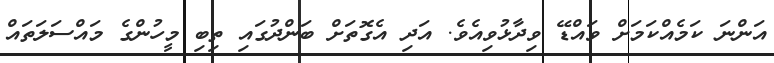
އަންނަ ކަމެއްކަމަށް ވައްޑޭ ވިދާޅުވިއެވެ. އަދި އެގޮތަށް ބަންދުގައި ތިބި މީހުންގެ މައްސަލަތައް